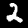
Digit: 2